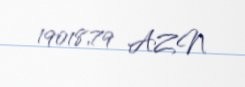
19018,79 AZN